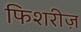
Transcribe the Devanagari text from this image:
फिशरीज़